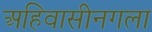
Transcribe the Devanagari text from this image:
अहिवासीनगला